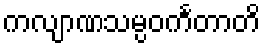
ကလျာဏသမ္ပဝင်္ကတာတိ